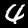
Digit: 4